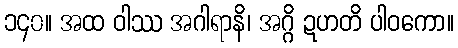
၁၄၀။ အထ ဝါဿ အဂါရာနိ၊ အဂ္ဂိ ဍဟတိ ပါဝကော။